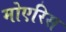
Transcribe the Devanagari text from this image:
मोएरिस